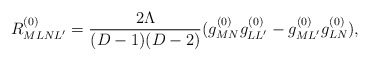
\begin{align*}R^{(0)}_{MLNL'} = \frac{2\Lambda}{(D-1)(D-2)}(g^{(0)}_{MN}g^{(0)}_{LL'} - g^{(0)}_{ML'}g^{(0)}_{LN}), \end{align*}